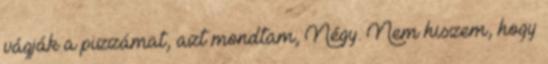
vágják a pizzámat, azt mondtam; Négy. Nem hiszem, hogy